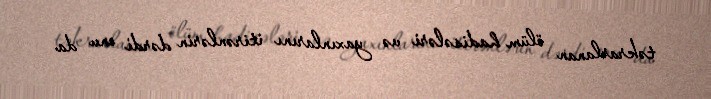
təkrarlanan ölüm hadisələri və yaxınlarını itirənlərin dərdi onu da